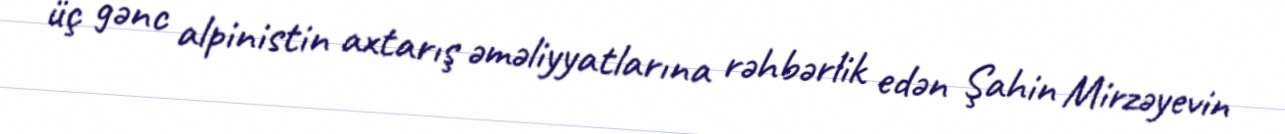
üç gənc alpinistin axtarış əməliyyatlarına rəhbərlik edən Şahin Mirzəyevin